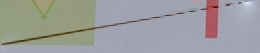
SPEED LIMIT 60